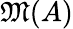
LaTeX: {\mathfrak{M}}(A)